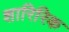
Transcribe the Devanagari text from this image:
शारिरिक